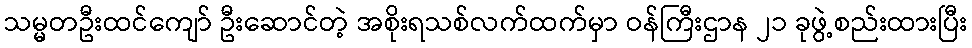
သမ္မတဦးထင်ကျော် ဦးဆောင်တဲ့ အစိုးရသစ်လက်ထက်မှာ ဝန်ကြီးဌာန ၂၁ ခုဖွဲ့စည်းထားပြီး